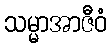
သမ္မာအာဇီဝံ